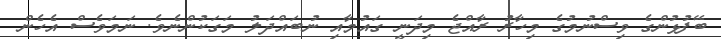
ބޭފުޅުންގެ ވިސްނުމުގެ މިހާރު ރާއްޖެ މިދަނީ ގައުމާއި ނުބައްދަލު މަގަކުންނެވެ. ނަމަވެސް އެހެން